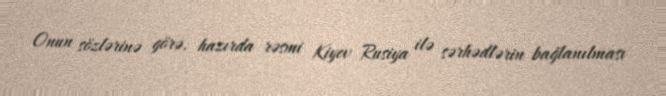
Onun sözlərinə görə, hazırda rəsmi Kiyev Rusiya ilə sərhədlərin bağlanılması